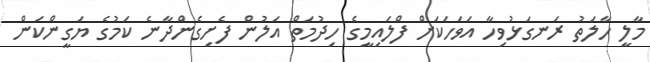
މާލީ ހާލަތު ރަނގަޅުވިހާ އަވަހަކަށް ފްލައިމީގެ ހިދުމަތް އަލުން ފެށިގެންދާނެ ކަމުގެ ޔަގީންކަން